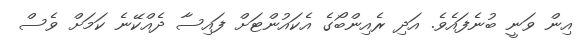
އިން ވަނީ ބުނެފައެވެ. އަދި ރެއިންބޯގެ އެކައުންޓަށް ފައިސާ ދެއްކޭނެ ކަމަށް ވެސް